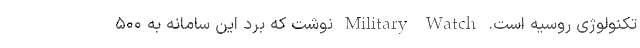
تکنولوژی روسیه است. Military Watch نوشت که بُرد این سامانه به ۵۰۰